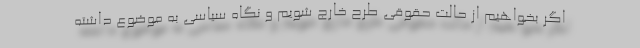
اگر بخواهیم از حالت حقوقی طرح خارج شویم و نگاه سیاسی به موضوع داشته